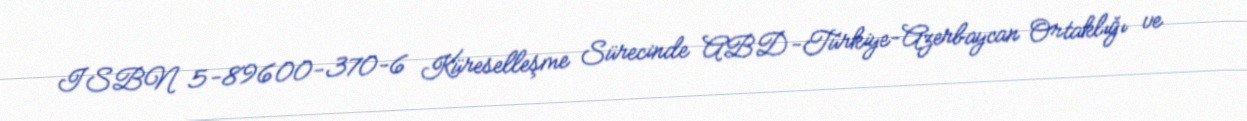
ISBN 5-89600-370-6 Küreselleşme Sürecinde ABD-Türkiye-Azerbaycan Ortaklığı ve